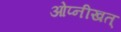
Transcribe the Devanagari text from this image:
ओप्नीखत्